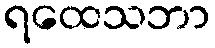
ရထေသဘာ